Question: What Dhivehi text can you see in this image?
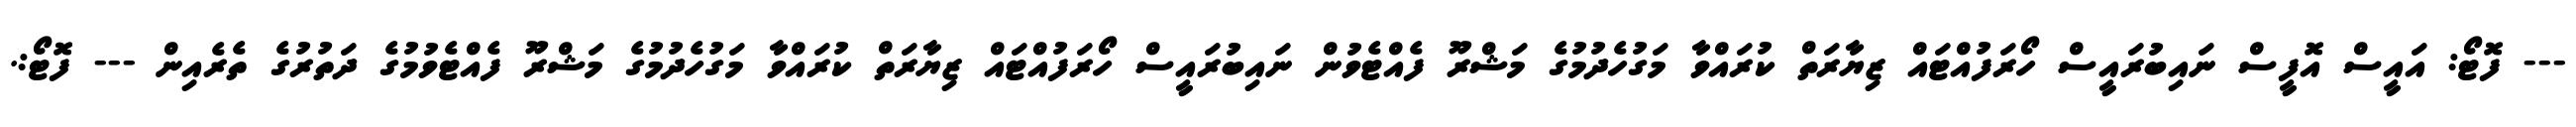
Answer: --- ފޮޓޯ: އައީސް އޮފީސް ނައިބުރައީސް ހޯރަފުއްޓައް ޒިޔާރަތް ކުރައްވާ މަގުހެދުމުގެ މަޝްރޫ ފެއްޓެވުން ނައިބުރައީސް ހޯރަފުއްޓައް ޒިޔާރަތް ކުރައްވާ މަގުހެދުމުގެ މަޝްރޫ ފެއްޓެވުމުގެ ދަތުރުގެ ތެރެއިން --- ފޮޓޯ:.